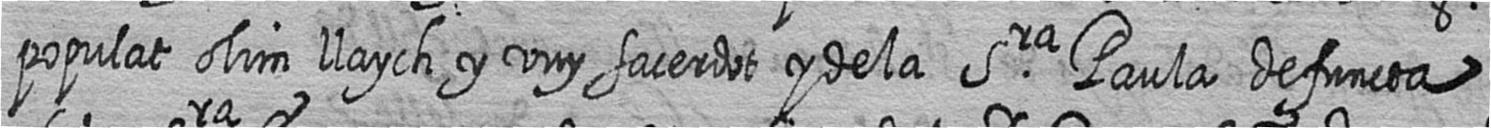
populat olim llaych y vuy sacerdot y de la Sra Paula defuncta